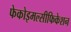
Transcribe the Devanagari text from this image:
फेकोइमल्सीफिकेशन